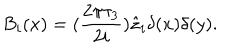
LaTeX: B _ { i } ( x ) = ( \frac { 2 \pi \tau _ { 3 } } { 2 i } ) \hat { z } _ { i } \delta ( x ) \delta ( y ) .